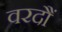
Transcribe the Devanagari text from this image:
वरदौं